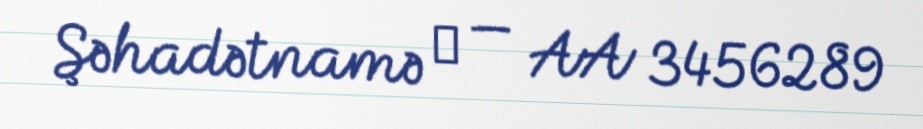
Şəhadətnamə № — AA 3456289